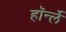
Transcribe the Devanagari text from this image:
हॉर्न्ले